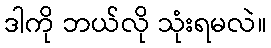
ဒါကို ဘယ်လို သုံးရမလဲ။